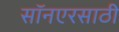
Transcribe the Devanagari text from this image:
सॉनएरसाठी